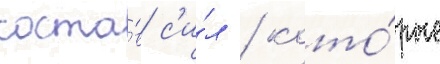
соста́в с'и́л / кото́рые